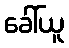
ခေါ်ယူ